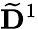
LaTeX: \widetilde{\mathbf{D}}^{1}